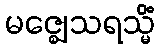
မဇ္ဈေသရသ္မိံ